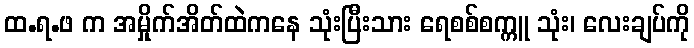
ထ.ရ.ဖ က အမှိုက်အိတ်ထဲကနေ သုံးပြီးသား ရေစစ်စက္ကူ သုံး၊ လေးချပ်ကို